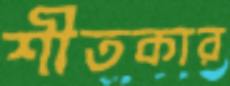
শীতকার